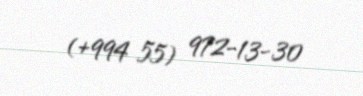
(+994 55) 972-13-30